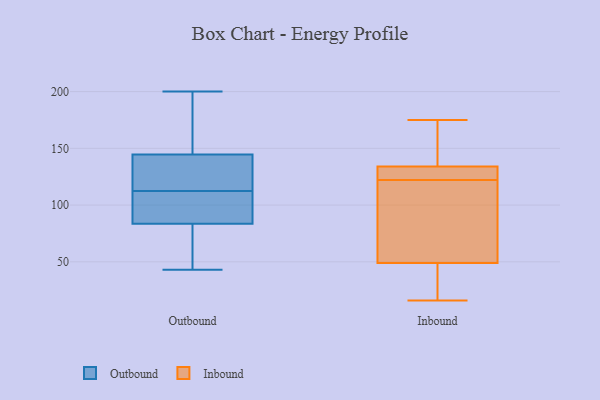
{"axis": {"x": "Gross Profit (USD K)", "y": "Value"}, "legend": ["Inbound", "Outbound"], "data": [{"x": "", "y": 135, "type": "Outbound"}, {"x": "", "y": 57, "type": "Outbound"}, {"x": "", "y": 90, "type": "Outbound"}, {"x": "", "y": 115, "type": "Outbound"}, {"x": "", "y": 151, "type": "Outbound"}, {"x": "", "y": 82, "type": "Outbound"}, {"x": "", "y": 119, "type": "Outbound"}, {"x": "", "y": 101, "type": "Outbound"}, {"x": "", "y": 143, "type": "Outbound"}, {"x": "", "y": 85, "type": "Outbound"}, {"x": "", "y": 138, "type": "Outbound"}, {"x": "", "y": 146, "type": "Outbound"}, {"x": "", "y": 43, "type": "Outbound"}, {"x": "", "y": 108, "type": "Outbound"}, {"x": "", "y": 149, "type": "Outbound"}, {"x": "", "y": 192, "type": "Outbound"}, {"x": "", "y": 46, "type": "Outbound"}, {"x": "", "y": 200, "type": "Outbound"}, {"x": "", "y": 55, "type": "Outbound"}, {"x": "", "y": 110, "type": "Outbound"}, {"x": "", "y": 87, "type": "Inbound"}, {"x": "", "y": 40, "type": "Inbound"}, {"x": "", "y": 25, "type": "Inbound"}, {"x": "", "y": 112, "type": "Inbound"}, {"x": "", "y": 122, "type": "Inbound"}, {"x": "", "y": 159, "type": "Inbound"}, {"x": "", "y": 175, "type": "Inbound"}, {"x": "", "y": 134, "type": "Inbound"}, {"x": "", "y": 133, "type": "Inbound"}, {"x": "", "y": 55, "type": "Inbound"}, {"x": "", "y": 124, "type": "Inbound"}, {"x": "", "y": 24, "type": "Inbound"}, {"x": "", "y": 122, "type": "Inbound"}, {"x": "", "y": 134, "type": "Inbound"}, {"x": "", "y": 16, "type": "Inbound"}, {"x": "", "y": 122, "type": "Inbound"}, {"x": "", "y": 43, "type": "Inbound"}, {"x": "", "y": 144, "type": "Inbound"}, {"x": "", "y": 169, "type": "Inbound"}, {"x": "", "y": 87, "type": "Inbound"}]}